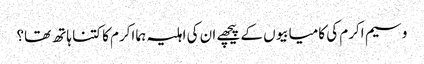
وسیم اکرم کی کامیابیوں کے پیچھے ان کی اہلیہ ہما اکرم کا کتنا ہاتھ تھا؟